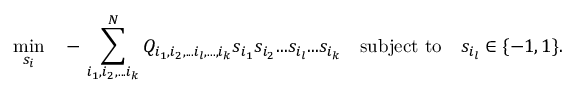
\operatorname* { m i n } _ { { s _ { i } } } \quad - \, \sum _ { i _ { 1 } , i _ { 2 } , . . . i _ { k } } ^ { N } Q _ { i _ { 1 } , i _ { 2 } , . . . i _ { l } , . . . , i _ { k } } s _ { i _ { 1 } } s _ { i _ { 2 } } . . . s _ { i _ { l } } . . . s _ { i _ { k } } \quad \mathrm { s u b j e c t } \ \mathrm { t o } \quad s _ { i _ { l } } \in \{ - 1 , 1 \} .